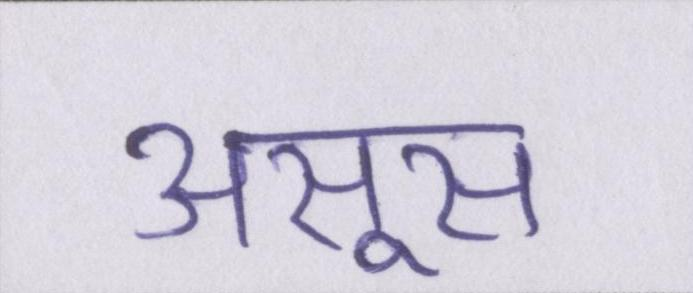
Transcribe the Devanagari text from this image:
असूस